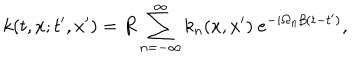
k ( t , x ; t ^ { \prime } , x ^ { \prime } ) = R \sum _ { n = - \infty } ^ { \infty } k _ { n } ( x , x ^ { \prime } ) \ e ^ { - i \Omega _ { n } \beta ( t - t ^ { \prime } ) } ,